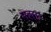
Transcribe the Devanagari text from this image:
मह्त्ता